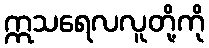
ဣသရေလလူတို့ကို